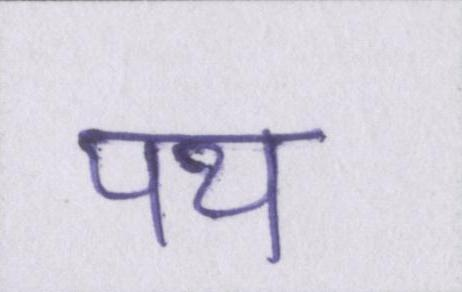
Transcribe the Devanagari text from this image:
पथ